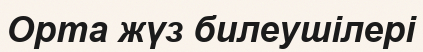
Орта жүз билеушілері